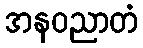
အနဝညာတံ